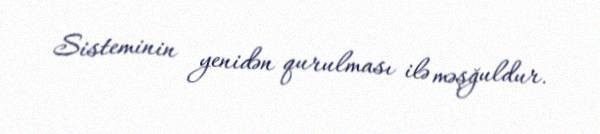
Sisteminin yenidən qurulması ilə məşğuldur.